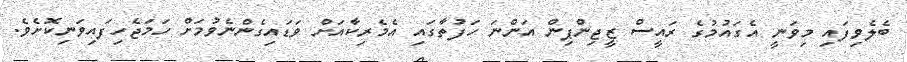
ބެލެވިފައި މިވަނީ އެގައުމުގެ ރައީސް ޒީޖިންޕިން އަންނަ ހަފުތާގައި އެމެރިކާއަށް ވަޑައިގެންނެވުމަށް ހަމަޖެހިފައިވަނިކޮށެވެ.